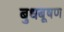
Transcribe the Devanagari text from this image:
बुधबूषण